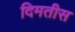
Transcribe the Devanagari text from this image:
दिमतीस